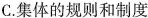
C.集体的规则和制度